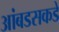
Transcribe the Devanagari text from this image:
आंबडसकडे